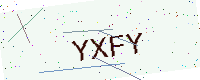
Text: YXFY